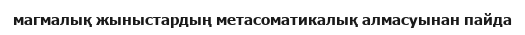
магмалық жыныстардың метасоматикалық алмасуынан пайда